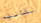
نقابله